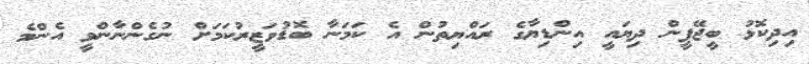
އިދިކޮޅު ބީޖޭޕީން ދިޔައީ އިންޑިޔާގެ ރައްޔިތުން އެ ކަމަނާ ބޮޑުވަޒީރުކަމަށް ނުގެންނާންވީ އެންމެ